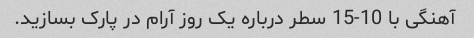
آهنگی با 10-15 سطر درباره یک روز آرام در پارک بسازید.